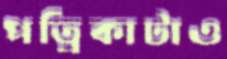
পত্রিকাটাও